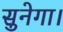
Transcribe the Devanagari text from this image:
सुनेगा।